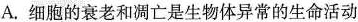
A.细胞的衰老和凋亡是生物体异常的生命活动